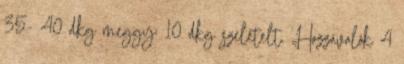
35- 40 dkg meggy; 10 dkg szeletelt. Hozzávalók 4